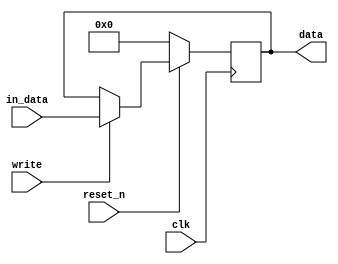
module REGISTER_32(
    input reset_n,
    input clk,
    input write,
    input [31:0] in_data,
    output reg [31:0] data
);

always @(posedge clk) begin
    if(!reset_n) begin
        data <= 32'b0;
    end
    else begin
        if(write) begin
            data <= in_data;
        end
    end
end

endmodule